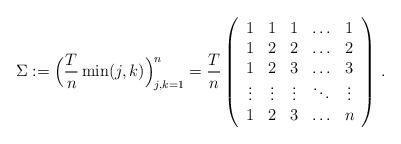
LaTeX: \begin{align*}\Sigma:=\Big(\frac{T}{n}\min(j,k)\Big)_{j,k=1}^n=\frac{T}{n}\left(\begin{array}{cccccccc}1&1&1&\ldots&1\\1&2&2&\ldots&2\\1&2&3&\ldots&3\\\vdots&\vdots&\vdots&\ddots&\vdots\\1&2&3&\ldots&n\end{array}\right)\,.\end{align*}